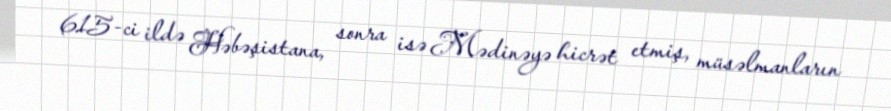
615-ci ildə Həbəşistana, sonra isə Mədinəyə hicrət etmiş, müsəlmanların